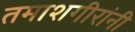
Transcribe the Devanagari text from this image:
तमाशगीरांनी